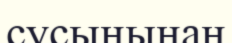
сусынынан